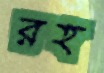
রহ